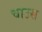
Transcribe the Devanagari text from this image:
चाउस